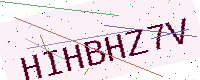
Text: HIHBHZ7V